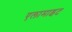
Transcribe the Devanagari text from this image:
एलामाइट